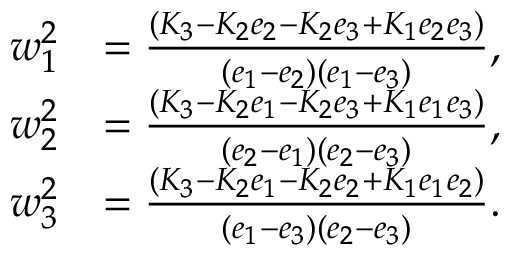
\begin{array} { r l } { w _ { 1 } ^ { 2 } } & { = \frac { ( K _ { 3 } - K _ { 2 } e _ { 2 } - K _ { 2 } e _ { 3 } + K _ { 1 } e _ { 2 } e _ { 3 } ) } { ( e _ { 1 } - e _ { 2 } ) ( e _ { 1 } - e _ { 3 } ) } , } \\ { w _ { 2 } ^ { 2 } } & { = \frac { ( K _ { 3 } - K _ { 2 } e _ { 1 } - K _ { 2 } e _ { 3 } + K _ { 1 } e _ { 1 } e _ { 3 } ) } { ( e _ { 2 } - e _ { 1 } ) ( e _ { 2 } - e _ { 3 } ) } , } \\ { w _ { 3 } ^ { 2 } } & { = \frac { ( K _ { 3 } - K _ { 2 } e _ { 1 } - K _ { 2 } e _ { 2 } + K _ { 1 } e _ { 1 } e _ { 2 } ) } { ( e _ { 1 } - e _ { 3 } ) ( e _ { 2 } - e _ { 3 } ) } . } \end{array}